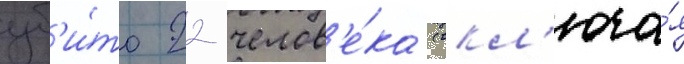
уб'и́то 22 челов'е́ка (вкл'юча́я